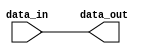
module push_pull_buffer (
    input wire data_in,
    output reg data_out
);

reg buffer_output;

always @ (data_in)
begin
    buffer_output <= data_in;
end

assign data_out = buffer_output;

endmodule